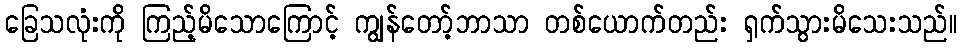
ခြေသလုံးကို ကြည့်မိသောကြောင့် ကျွန်တော့်ဘာသာ တစ်ယောက်တည်း ရှက်သွားမိသေးသည်။